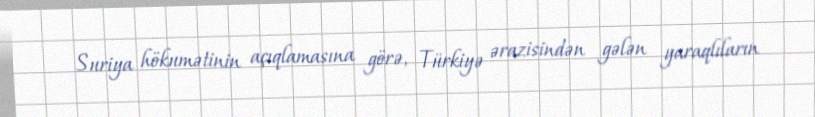
Suriya hökumətinin açıqlamasına görə, Türkiyə ərazisindən gələn yaraqlıların